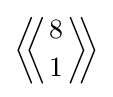
\left\langle \!\!\left\langle {8 \atop 1}\right\rangle \!\!\right\rangle